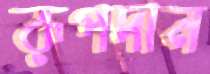
রূপদান